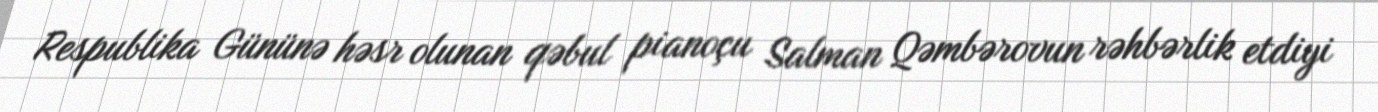
Respublika Gününə həsr olunan qəbul pianoçu Salman Qəmbərovun rəhbərlik etdiyi